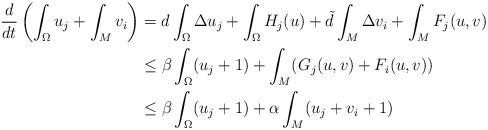
LaTeX: \begin{align*}\frac{d}{dt}\left(\int_{\Omega} u_j+ \int_{M} v_i\right)&=d\int_{\Omega} \Delta u_j +\int_{\Omega}H_j(u) +\tilde d\int_{M} \Delta v_i + \int_{M} F_j(u,v) \\ &\leq \beta\int_{\Omega}(u_j+1)+\int_{M}( G_j(u,v)+F_i(u,v) )\\ &\leq \beta\int_{\Omega}(u_j+1) + \alpha \int_{M}(u_j+v_i+1)\end{align*}